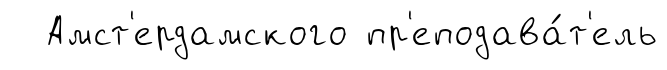
Амст'ердамского пр'еподава́т'ель